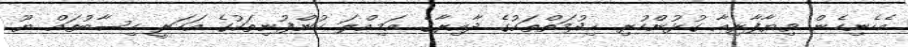
އެހެނިހެން ވިޔާފާރިއާ ގުޅުންހުރި ޚިދުމަތްތަކުގެ ދާއިރާގެ އަމިއްލަ ކުންފުނިތަކުގެ އަހަރީ ހިސާބުތައް ޔޫ.